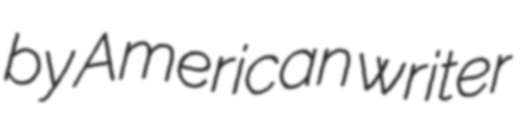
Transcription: by American writer